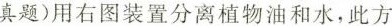
真题)用右图装置分离植物油和水，此方